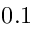
0 . 1